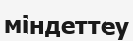
міндеттеу